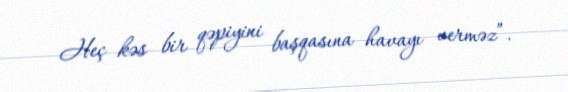
Heç kəs bir qəpiyini başqasına havayı verməz”.